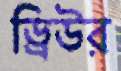
ড্রিউর